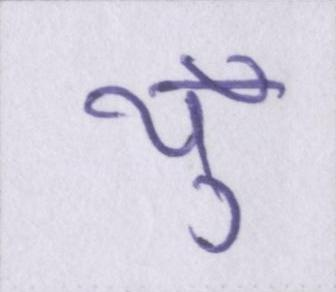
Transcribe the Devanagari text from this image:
यूँ